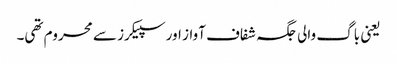
یعنی باگ والی جگہ شفاف آواز اور سپیکرز سے محروم تھی۔